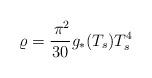
LaTeX: \begin{align*}\varrho=\frac{\,\pi^2}{30}g_{\ast}(T_s)T_s^4\end{align*}